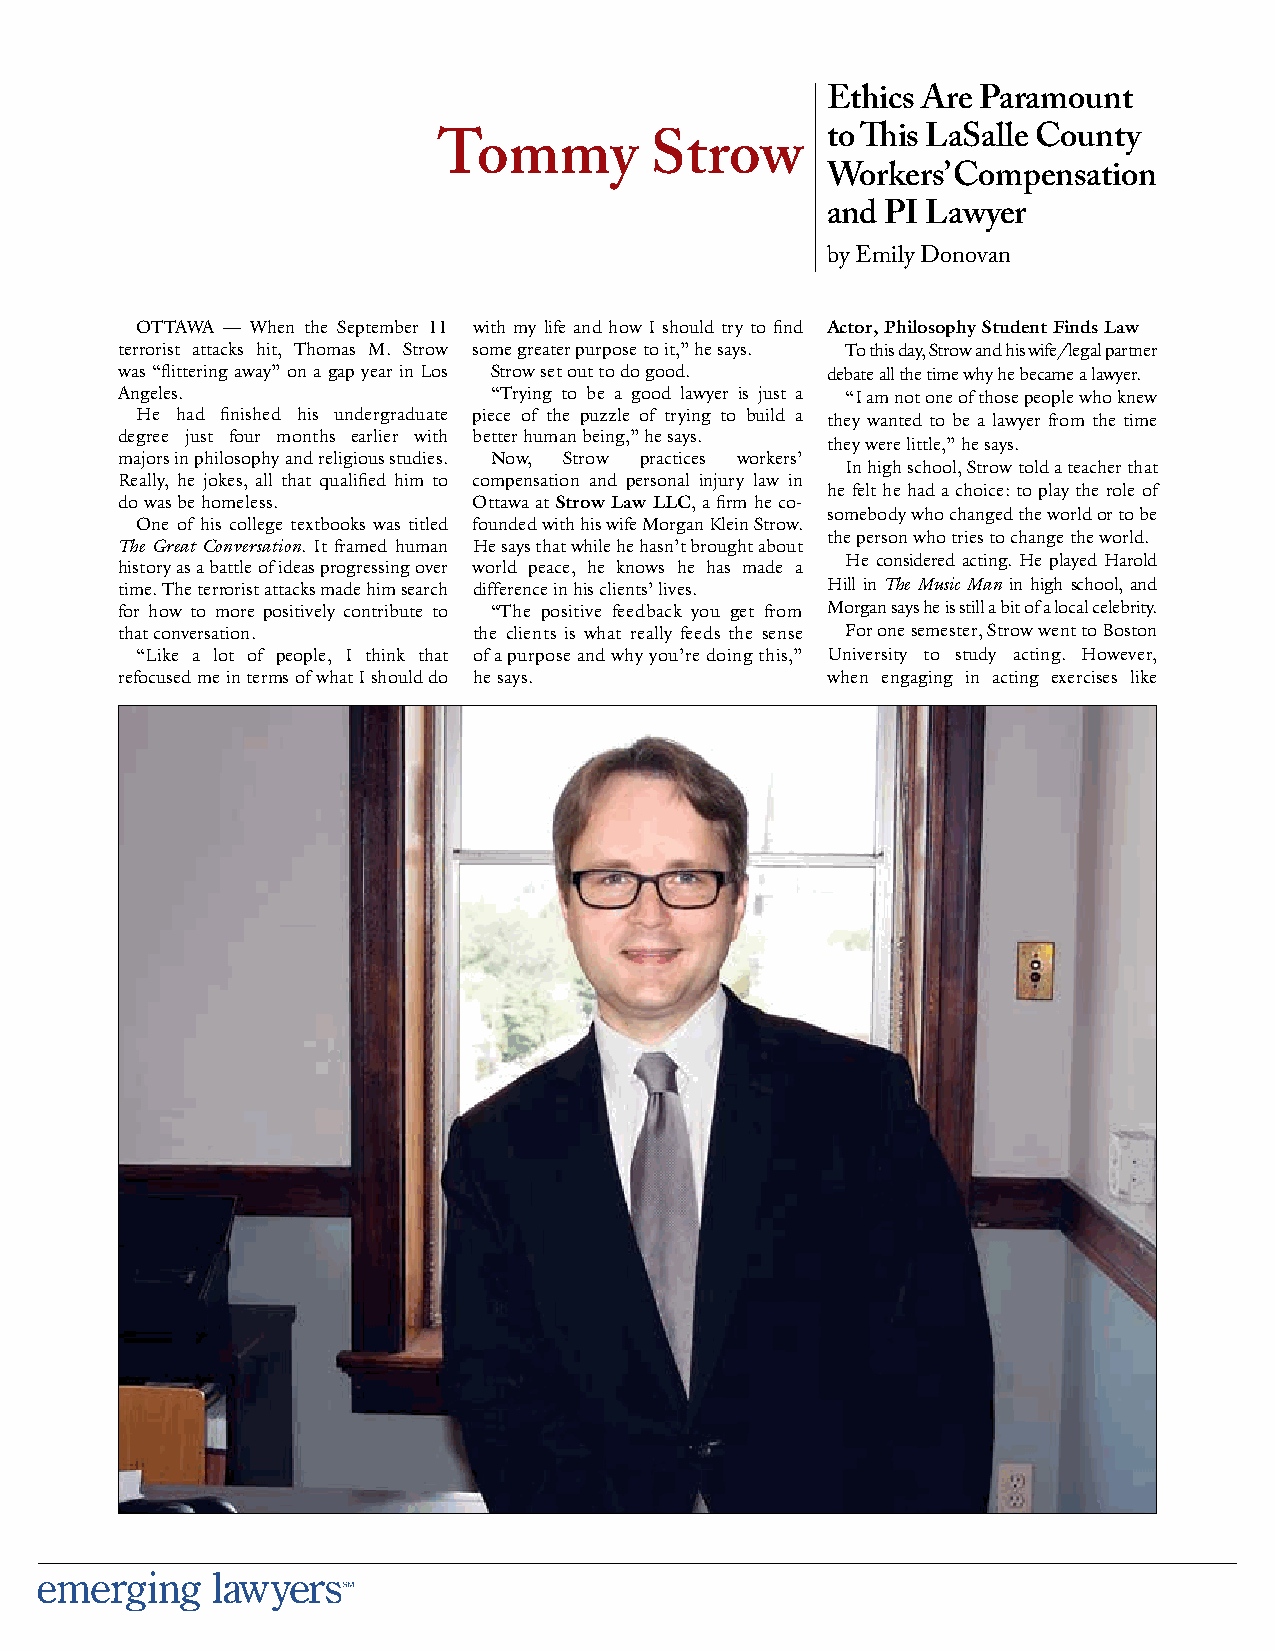
Ethics Are Paramount
 to Th is LaSalle County
 Tommy         Strow
 Workers’ Compensation
 and PI Lawyer
 by Emily Donovan
 OTTAWA — When the September 11 with my life and how I should try to fi nd Actor, Philosophy Student Finds Law
 terrorist attacks hit, Thomas M. Strow some greater purpose to it,” he says. To this day, Strow and his wife/legal partner
 was “fl ittering away” on a gap year in Los Strow set out to do good. debate all the time why he became a lawyer.
 Angeles.                “Trying to be a good lawyer is just a “I am not one of those people who knew
 He had fi nished his undergraduate piece of the puzzle of trying to build a they wanted to be a lawyer from the time
 degree just four months earlier with better human being,” he says.
 they were little,” he says.
 majors in philosophy and religious studies. Now, Strow practices workers’
 In high school, Strow told a teacher that
 Really, he jokes, all that qualifi ed him to compensation and personal injury law in
 he felt he had a choice: to play the role of
 do was be homeless.    Ottawa at Strow Law LLC, a fi rm he co-
 somebody who changed the world or to be
 One of his college textbooks was titled founded with his wife Morgan Klein Strow.
 the person who tries to change the world.
 The Great Conversation. It framed human He says that while he hasn’t brought about
 He considered acting. He played Harold
 history as a battle of ideas progressing over world peace, he knows he has made a
 time. The terrorist attacks made him search difference in his clients’ lives. Hill in The Music Man in high school, and
 for how to more positively contribute to “The positive feedback you get from Morgan says he is still a bit of a local celebrity.
 that conversation.     the clients is what really feeds the sense For one semester, Strow went to Boston
 “Like a lot of people, I think that of a purpose and why you’re doing this,” University to study acting. However,
 refocused me in terms of what I should do he says. when engaging in acting exercises like